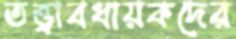
তত্ত্বাবধায়কদের